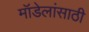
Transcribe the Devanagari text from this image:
मॉडेलांसाठी